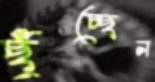
ছুঁচ্ছেন